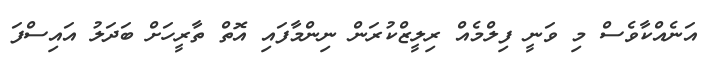
އަނެއްކާވެސް މި ވަނީ ފިލްމެއް ރިލީޒްކުރަން ނިންމާފައި އޮތް ތާރީހަށް ބަދަލު އައިސްފަ